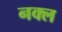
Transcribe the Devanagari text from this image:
नक्ल